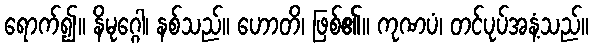
ရောက်၍။ နိမုဂ္ဂေါ၊ နစ်သည်။ ဟောတိ၊ ဖြစ်၏။ ကုဏပံ၊ တင်ပုပ်အနံ့သည်။